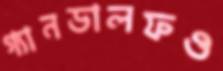
গ্যানডালফও